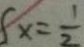
S x = \frac { 1 } { 2 }